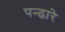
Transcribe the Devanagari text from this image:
पन्ढारे